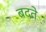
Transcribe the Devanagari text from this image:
बदते